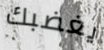
يغضبك